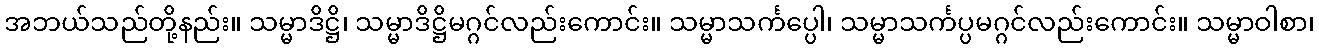
အဘယ်သည်တို့နည်း။ သမ္မာဒိဋ္ဌိ၊ သမ္မာဒိဋ္ဌိမဂ္ဂင်လည်းကောင်း။ သမ္မာသင်္ကပ္ပေါ၊ သမ္မာသင်္ကပ္ပမဂ္ဂင်လည်းကောင်း။ သမ္မာဝါစာ၊